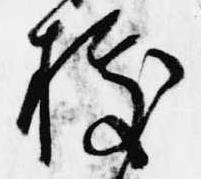
拠